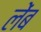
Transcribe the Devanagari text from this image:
लेंब